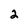
Character: 2